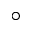
^ \circ